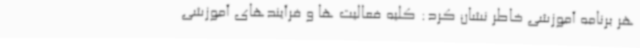
هر برنامه آموزشی خاطر نشان کرد: کلیه فعالیت ها و فرآیندهای آموزشی